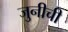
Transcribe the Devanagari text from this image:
जुनीची